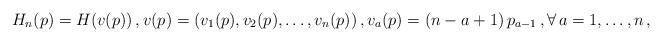
LaTeX: \begin{align*} H_n(p)=H(v(p))\,,v(p)=(v_1(p),v_2(p),\ldots,v_n(p))\,,v_a(p)=(n-a+1)\,p_{a-1}\,,\forall\,a=1,\ldots,n\,,\end{align*}